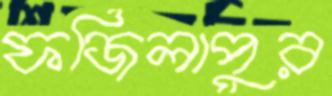
ফজিলাপুর